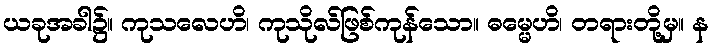
ယခုအခါ၌။ ကုသလေဟိ၊ ကုသိုလ်ဖြစ်ကုန်သော။ ဓမ္မေဟိ၊ တရားတို့မှ။ န